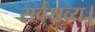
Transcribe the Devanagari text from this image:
सर्वश्रव्य।